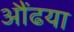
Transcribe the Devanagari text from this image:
औंढया